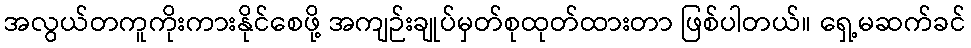
အလွယ်တကူကိုးကားနိုင်စေဖို့ အကျဉ်းချုပ်မှတ်စုထုတ်ထားတာ ဖြစ်ပါတယ်။ ရှေ့မဆက်ခင်